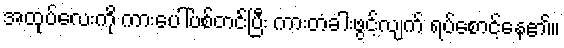
အထုပ်လေးကို ကားပေါ်ပစ်တင်ပြီး ကားတံခါးဖွင့်လျက် ရပ်စောင့်နေ၏။